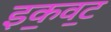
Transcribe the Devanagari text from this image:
इक॒वट॒